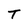
Character: T